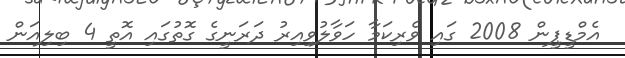
އެމްޑީޕީން 2008 ގައި ވެރިކަމާ ހަވާލުވިއިރު ދަރަނީގެ ގޮތުގައި އޮތީ 4 ބިލިއަން